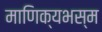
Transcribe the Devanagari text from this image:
माणिक्यभस्म